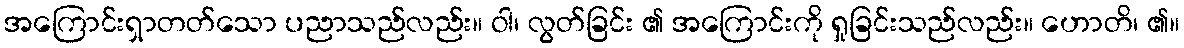
အကြောင်းရှာတတ်သော ပညာသည်လည်း။ ဝါ၊ လွတ်ခြင်း ၏ အကြောင်းကို ရှုခြင်းသည်လည်း။ ဟောတိ၊ ၏။